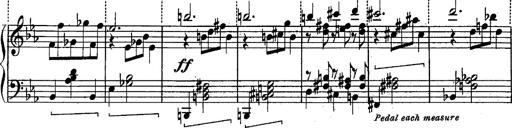
Title: Schubert's Impromptus [revised and edited by Franz Liszt]
Composer: Franz Liszt